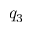
q _ { 3 }